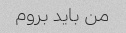
من باید بروم